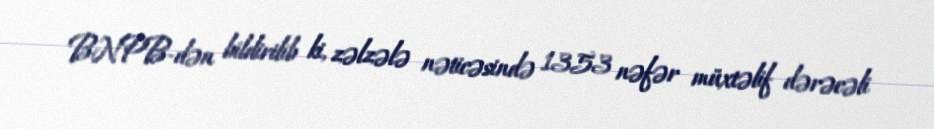
BNPB-dən bildirilib ki, zəlzələ nəticəsində 1353 nəfər müxtəlif dərəcəli